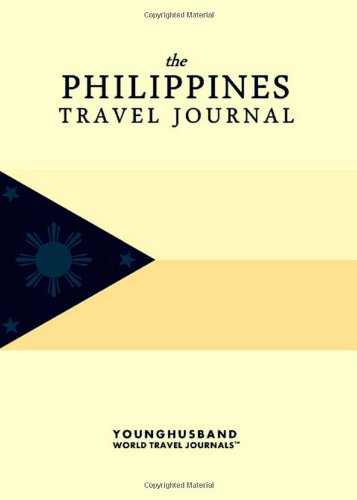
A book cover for The Philippines Travel Journal; Younghusband World Travel Journals; Travel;